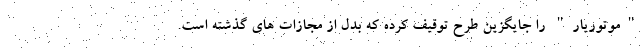
"موتوریار" را جایگزین طرح توقیف کرده که بدل از مجازات های گذشته است.